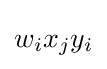
w_{i}x_{j}y_{i}